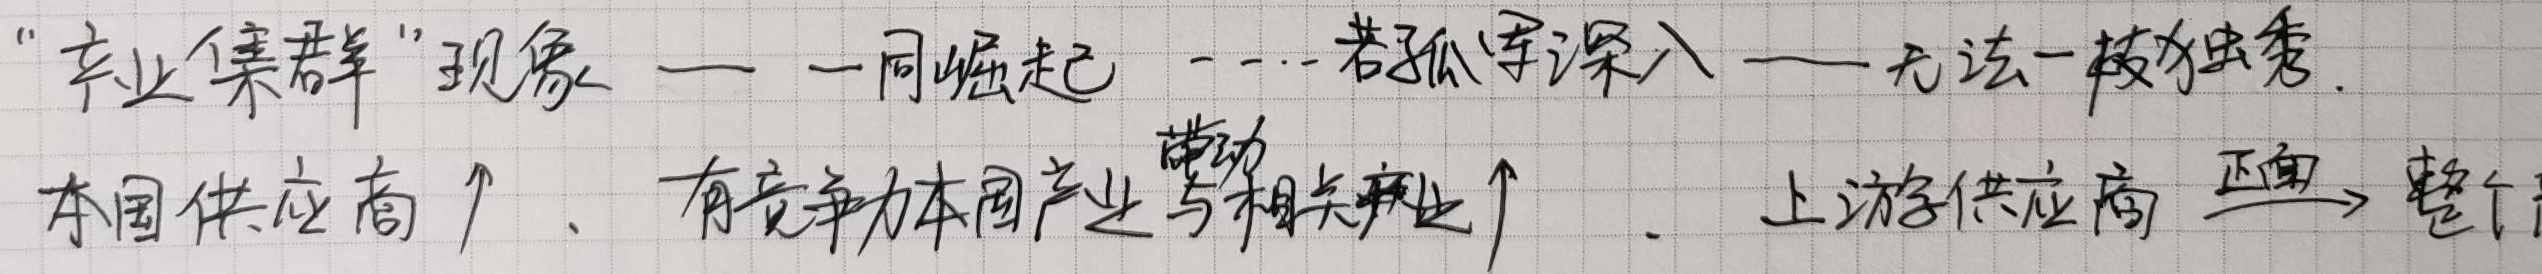
“企业集群”现象 —— 一同崛起 —— 若孤军深入 —— 无法一枝独秀。本国供应商↑、有竞争力本国产业带动相关产业↑、上游供应商互动→整个